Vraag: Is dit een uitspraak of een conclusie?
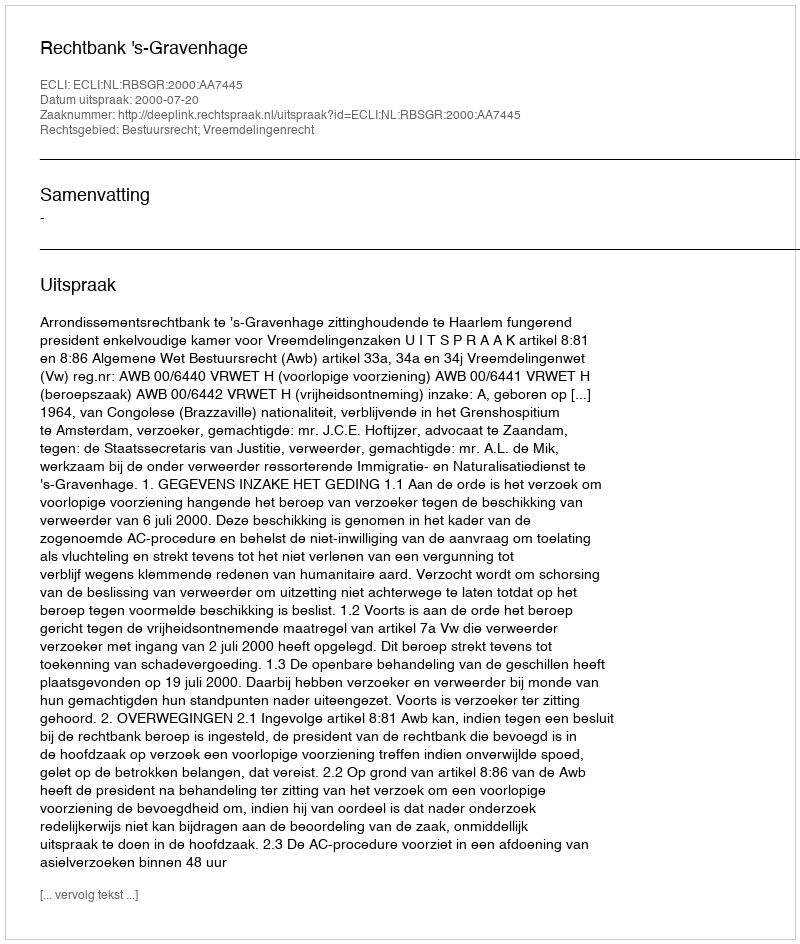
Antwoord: Uitspraak